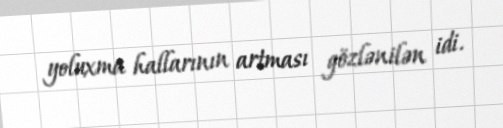
yoluxma hallarının artması gözlənilən idi.